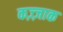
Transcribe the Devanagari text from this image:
कज़्ज़ाक